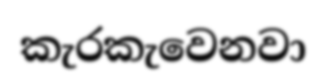
කැරකැවෙනවා